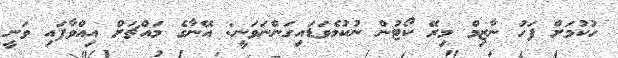
ހުކުމަށް ފަހު ނާޒިމް މިރޭ ކޯޓުން ނުކުމެވަޑައިގަންނަވަނީ: އޭނާގެ މައްޗަށް އިއްވާފައި ވަނީ